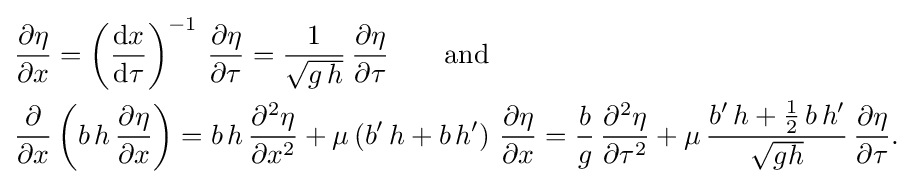
{\begin{aligned}&{\frac {\partial \eta }{\partial x}}=\left({\frac {\mathrm {d} x}{\mathrm {d} \tau }}\right)^{-1}\,{\frac {\partial \eta }{\partial \tau }}={\frac {1}{\sqrt {g\,h}}}\,{\frac {\partial \eta }{\partial \tau }}\qquad {\text{and}}\\&{\frac {\partial }{\partial x}}\left(b\,h\,{\frac {\partial \eta }{\partial x}}\right)=b\,h\,{\frac {\partial ^{2}\eta }{\partial x^{2}}}+\mu \left(b'\,h+b\,h'\right)\,{\frac {\partial \eta }{\partial x}}={\frac {b}{g}}\,{\frac {\partial ^{2}\eta }{\partial \tau ^{2}}}+\mu \,{\frac {b'\,h+{\tfrac {1}{2}}\,b\,h'}{\sqrt {gh}}}\,{\frac {\partial \eta }{\partial \tau }}.\end{aligned}}